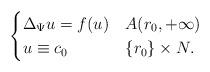
LaTeX: \begin{align*}\begin{cases} \Delta_\Psi u = f (u) & A(r_{0},+\infty) \\ u \equiv c_{0} & \{ r_{0} \}\times N.\end{cases}\end{align*}